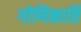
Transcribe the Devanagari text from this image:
गोणिकार्ति